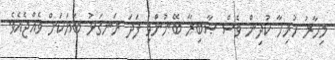
މިހާރު ހުރިހާ ކުދިން ވެސް ޞާބިރާ ބޭނުންވި ފަދަ ރަނގަޅު ބަޔަކަށް ވެއްޖެއެވެ.